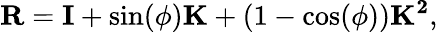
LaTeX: \mathbf{R}=\mathbf{I}+\sin(\phi)\mathbf{K}+(1-\cos(\phi))\mathbf{K^{2}},